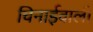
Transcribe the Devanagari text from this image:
चिनाईवाली